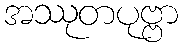
အဿုတပုဗ္ဗာ